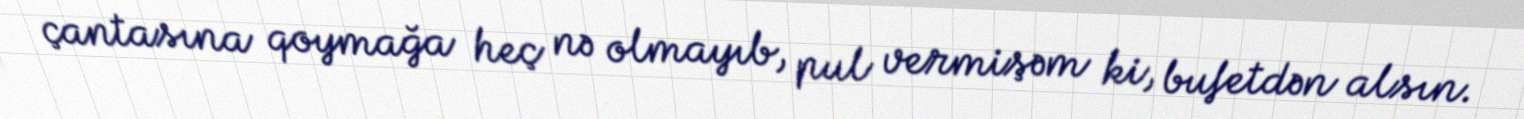
çantasına qoymağa heç nə olmayıb, pul vermişəm ki, bufetdən alsın.